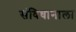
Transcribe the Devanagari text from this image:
संविधानाला